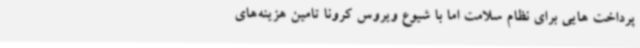
پرداخت هایی برای نظام سلامت اما با شیوع ویروس کرونا تامین هزینه‌های